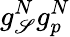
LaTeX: g_{\mathscr{S}}^{N}g_{p}^{N}